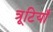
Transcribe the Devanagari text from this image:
त्रूटियाँ